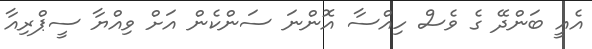
އެއީ ބަންދޭ ގެ ވެސް ހިއްސާ އޮންނަ ސަންކެން އަށް ވިއްޔާ ސީޕްރިއާ